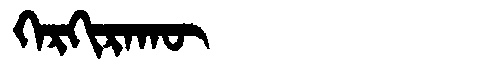
Manchu: ᡴᡝᡵᡴᡳᡵᠠᡴᡡ
Romanization: KERKIRAKŪ